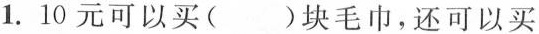
1. 10元可以买( )块毛巾，还可以买